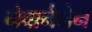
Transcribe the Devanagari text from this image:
नेवानैनेन